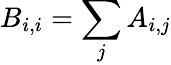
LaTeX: B_{i,i}=\sum_{j}A_{i,j}